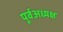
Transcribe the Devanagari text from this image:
पूर्वअध्यक्ष